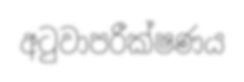
අටුවාපරීක්ෂණය